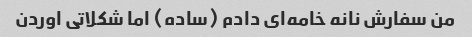
من سفارش نانه خامه‌ای دادم (ساده) اما شکلاتی اوردن